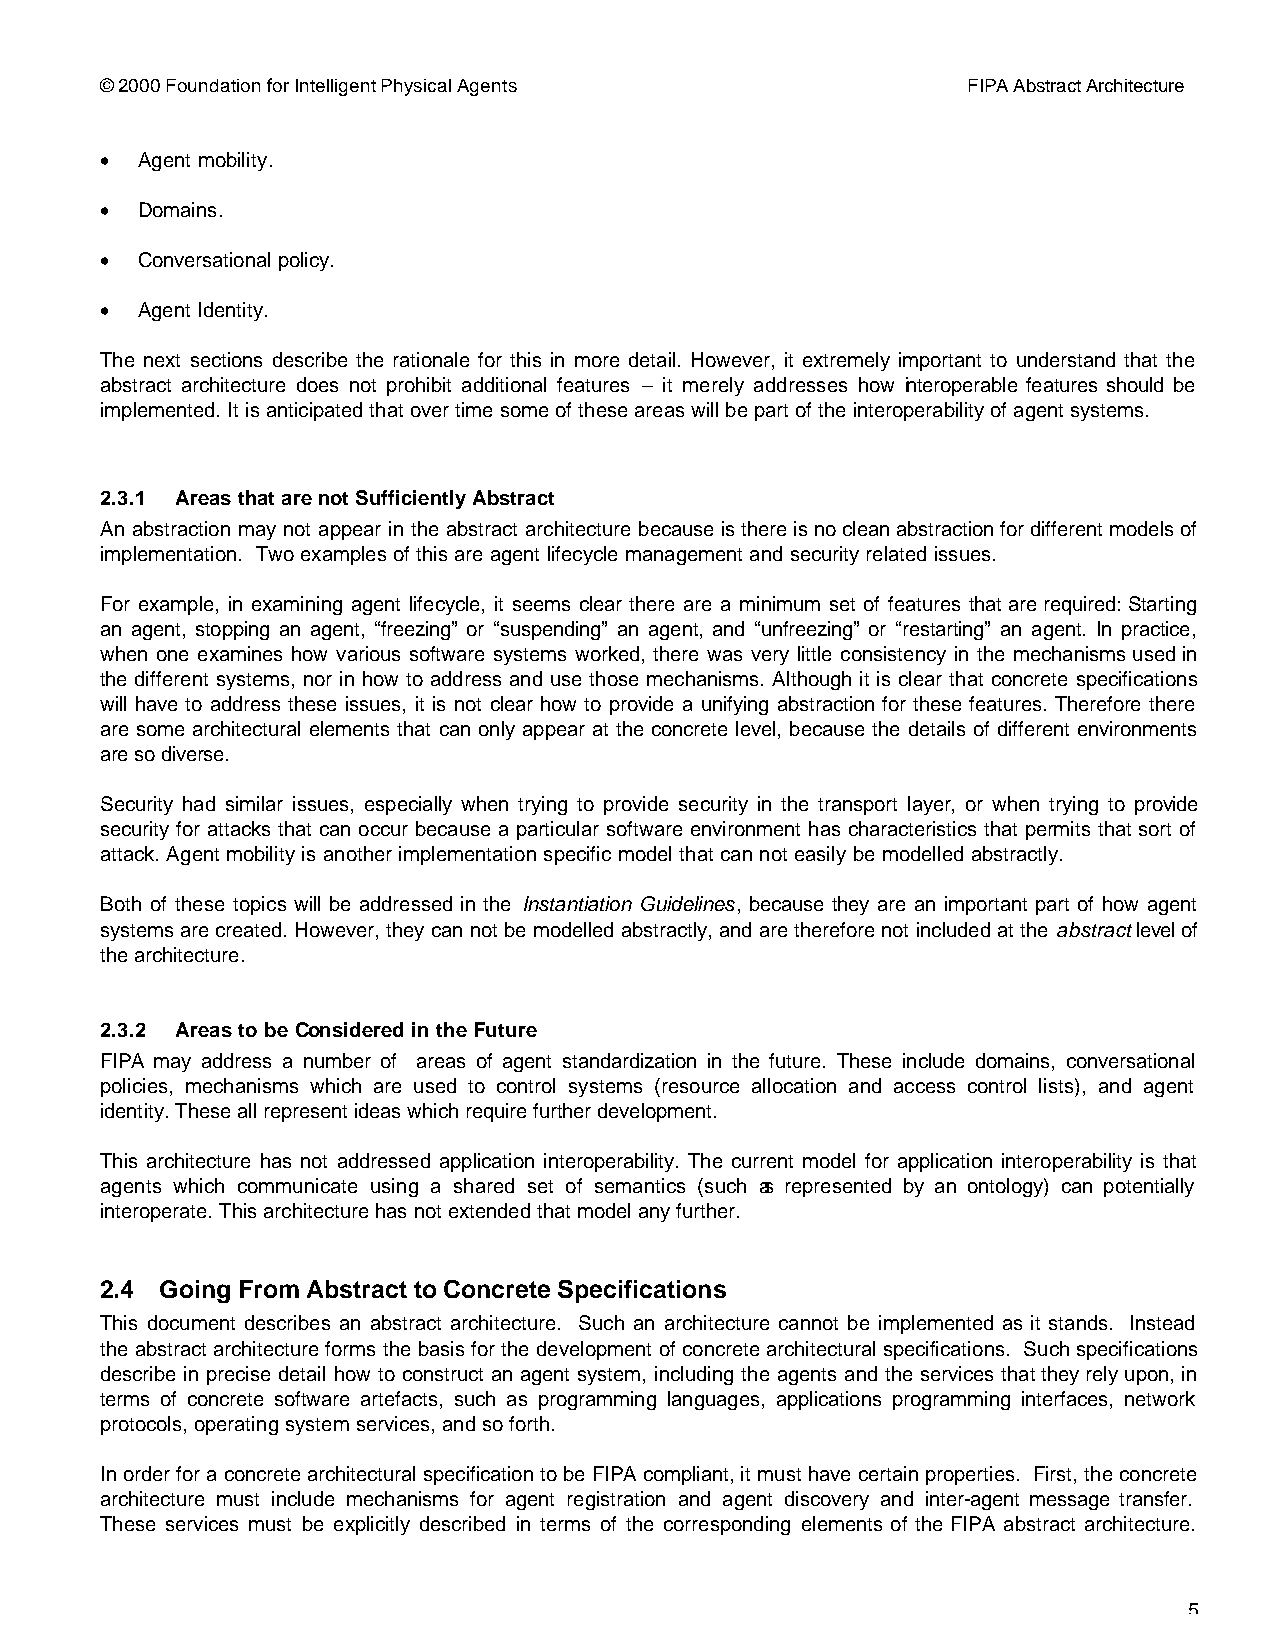
© 2000 Foundation for Intelligent Physical Agents        FIPA Abstract Architecture
 • Agent mobility.
 • Domains.
 • Conversational policy.
 • Agent Identity.
 The next sections describe the rationale for this in more detail. However, it extremely important to understand that the
 abstract architecture does not prohibit additional features – it merely addresses how interoperable features should be
 implemented. It is anticipated that over time some of these areas will be part of the interoperability of agent systems.
 2.3.1 Areas that are not Sufficiently Abstract
 An abstraction may not appear in the abstract architecture because is there is no clean abstraction for different models of
 implementation. Two examples of this are agent lifecycle management and security related issues.
 For example, in examining agent lifecycle, it seems clear there are a minimum set of features that are required: Starting
 an agent, stopping an agent, “freezing” or “suspending” an agent, and “unfreezing” or “restarting” an agent. In practice,
 when one examines how various software systems worked, there was very little consistency in the mechanisms used in
 the different systems, nor in how to address and use those mechanisms. Although it is clear that concrete specifications
 will have to address these issues, it is not clear how to provide a unifying abstraction for these features. Therefore there
 are some architectural elements that can only appear at the concrete level, because the details of different environments
 are so diverse.
 Security had similar issues, especially when trying to provide security in the transport layer, or when trying to provide
 security for attacks that can occur because a particular software environment has characteristics that permits that sort of
 attack. Agent mobility is another implementation specific model that can not easily be modelled abstractly.
 Both of these topics will be addressed in the Instantiation Guidelines, because they are an important part of how agent
 systems are created. However, they can not be modelled abstractly, and are therefore not included at the abstract level of
 the architecture.
 2.3.2 Areas to be Considered in the Future
 FIPA may address a number of areas of agent standardization in the future. These include domains, conversational
 policies, mechanisms which are used to control systems (resource allocation and access control lists), and agent
 identity. These all represent ideas which require further development.
 This architecture has not addressed application interoperability. The current model for application interoperability is that
 agents which communicate using a shared set of semantics (such as represented by an ontology) can potentially
 interoperate. This architecture has not extended that model any further.
 2.4 Going From Abstract to Concrete Specifications
 This document describes an abstract architecture. Such an architecture cannot be implemented as it stands. Instead
 the abstract architecture forms the basis for the development of concrete architectural specifications. Such specifications
 describe in precise detail how to construct an agent system, including the agents and the services that they rely upon, in
 terms of concrete software artefacts, such as programming languages, applications programming interfaces, network
 protocols, operating system services, and so forth.
 In order for a concrete architectural specification to be FIPA compliant, it must have certain properties. First, the concrete
 architecture must include mechanisms for agent registration and agent discovery and inter-agent message transfer.
 These services must be explicitly described in terms of the corresponding elements of the FIPA abstract architecture.
 5